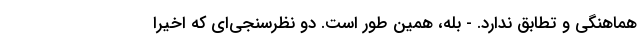
هماهنگی و تطابق ندارد. - بله، همین طور است. دو نظرسنجی‌ای که اخیرا